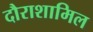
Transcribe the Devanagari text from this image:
दौराशामिल